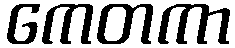
ကေတကာ